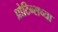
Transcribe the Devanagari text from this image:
प्रोटिन्सच्या